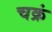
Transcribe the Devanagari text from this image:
चक्रं